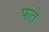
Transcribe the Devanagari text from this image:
फते